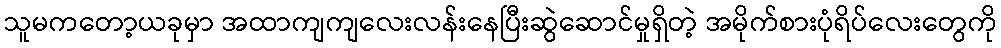
သူမကတော့ယခုမှာ အထာကျကျလေးလန်းနေပြီးဆွဲဆောင်မှုရှိတဲ့ အမိုက်စားပုံရိပ်လေးတွေကို